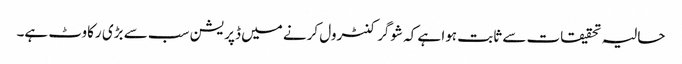
حالیہ تحقیقات سے ثابت ہوا ہے کہ شوگر کنٹرول کرنے میں ڈپریشن سب سے بڑی رکاوٹ ہے۔